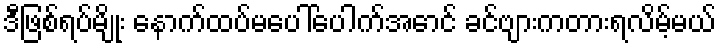
ဒီဖြစ်ရပ်မျိုး နောက်ထပ်မပေါ်ပေါက်အောင် ခင်ဗျားကတားရလိမ့်မယ်